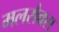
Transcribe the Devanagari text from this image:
मलरौक्स